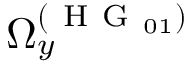
\Omega _ { y } ^ { ( \mathrm { ~ H ~ G ~ } _ { 0 1 } ) }